Vaccination in Bombay 1869-1873 - 1869-1873
Year: 1869
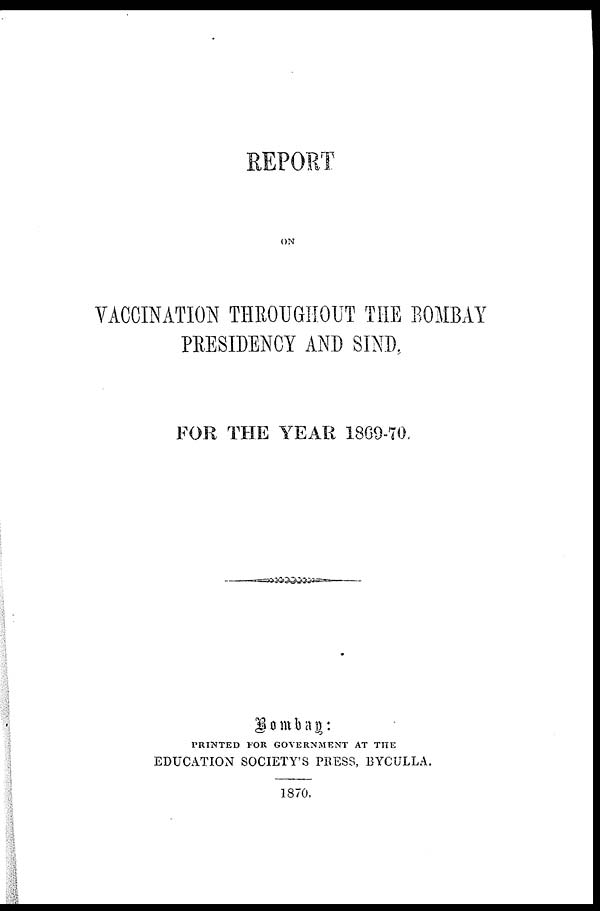
REPORT
ON
VACCINATION THROUGHOUT THE BOMBAY
PRESIDENCY AND SIND.
FOR THE YEAR 1869-70.
Bombay:
PRINTED FOR GOVERNMENT AT THE
EDUCATION SOCIETY'S PRESS, BYCULLA.
1870.